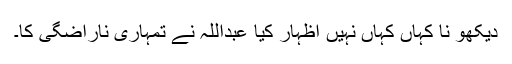
دیکھو نا کہاں کہاں نہیں اظہار کیا عبداللہ نے تمہاری ناراضگی کا۔